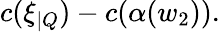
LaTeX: c(\xi_{|Q})-c(\alpha(w_{2})).